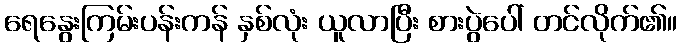
ရေနွေးကြမ်းပန်းကန် နှစ်လုံး ယူလာပြီး စားပွဲပေါ် တင်လိုက်၏။